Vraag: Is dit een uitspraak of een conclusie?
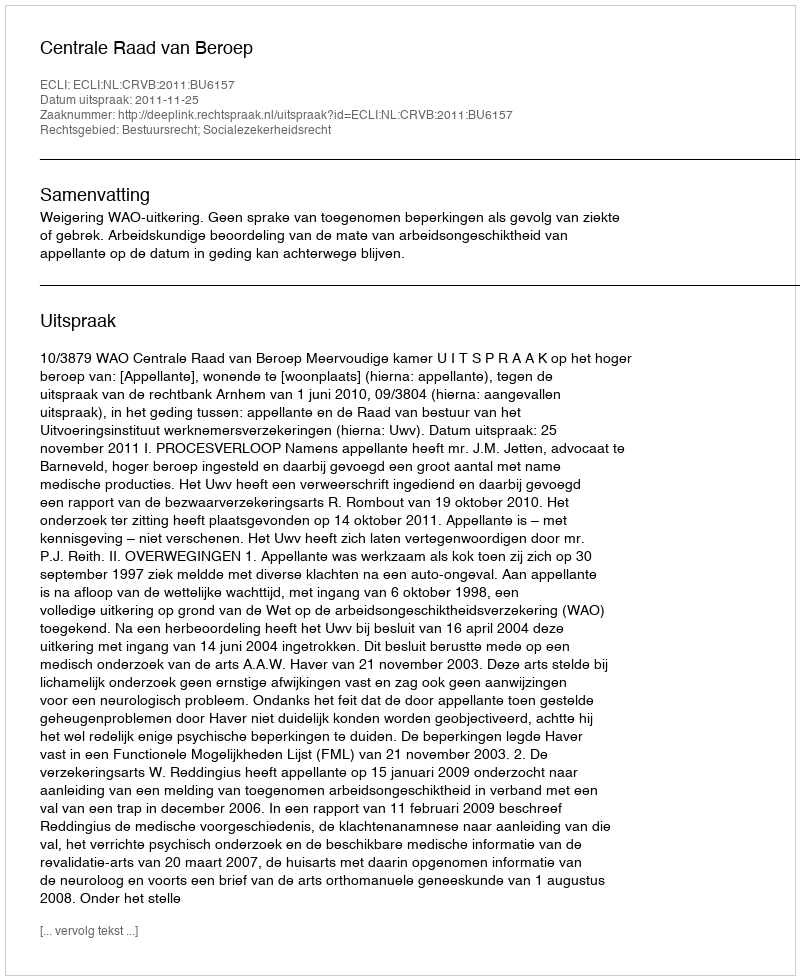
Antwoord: Uitspraak